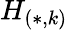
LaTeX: H_{(*,k)}